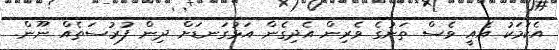
އެކަމަކު އެއީ ވެސް ތަނުގެ ވެރިން އެދިގެން އަޅުގަނޑަށް ދިން ފުރުސަތެއް ނޫން.